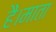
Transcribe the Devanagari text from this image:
हैं।माता